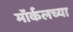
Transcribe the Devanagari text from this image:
मॉर्कलच्या